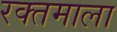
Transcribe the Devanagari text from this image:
रक्तमाला